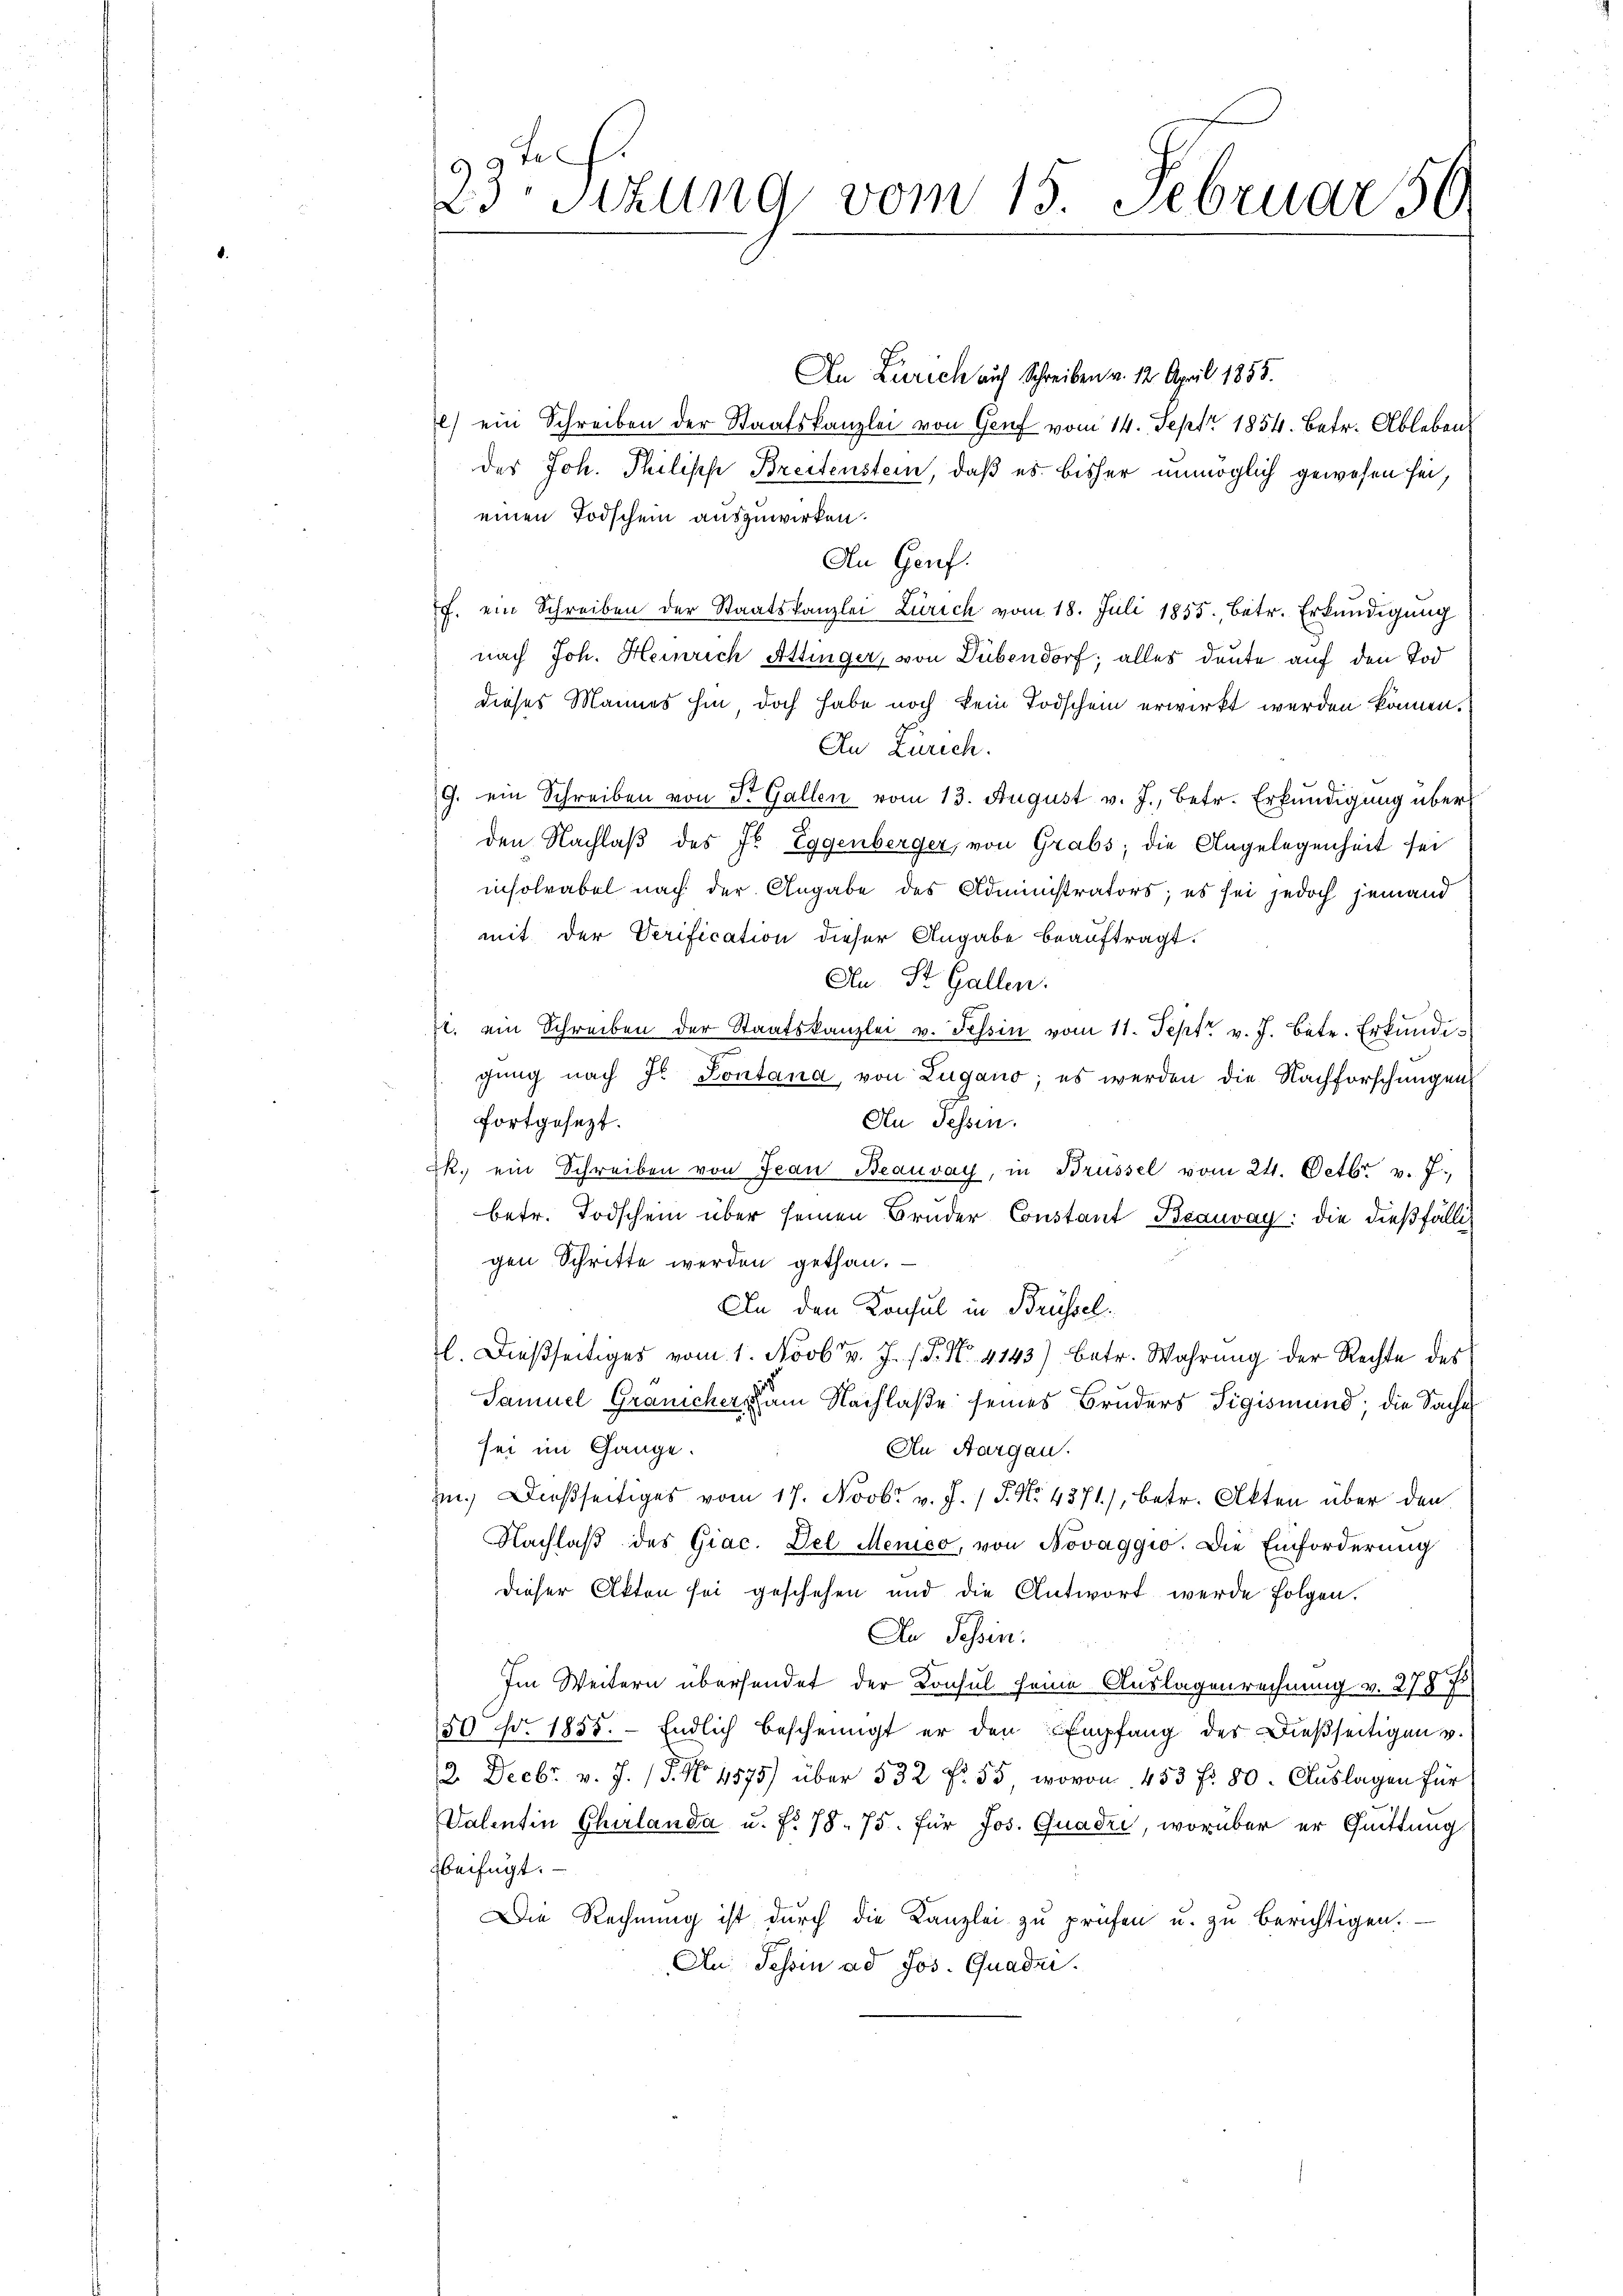
An Zürich auf Schreiben v. 12. April 1855.
l) ein Schreiben der Staatskanzlei von Genf vom 14. Sept 1854. Betr. Ableben
des Joh. Philisch Breitenstein, daß es bisher unmöglich gewesen sei,
einen Todschein auszuwirken.
An Genf.
f. ein Schreiben der Staatskanzlei Zürich vom 18. Juli 1855, betr. Erkundigung
nach Joh. Heinrich Attinger, von Dübendorf; alles deute auf den Tod
dieses Mannes hin doch habe noch kein Todschein erwirkt werden können.
An Zürich.
G. ein Schreiben von St. Gallen vom 13. August v. J., betr. Erkundigung über
den Nachlaβ des Fr. Eggenberger, von Grabs, die Angelegenheit sei
insolvabel nach der Angabe des Administrators; es sei jedoch jemand
mit der Verification dieser Angabe beauftragt.
An St. Gallen.
i. ein Schreiben der Staatskanzlei v. Tessin vom 11. Sept. v. J. betr. Erkundis
gung nach Hr. Pontana, von Lugano, es werden die Nachforschungen
fortgesezt.
Au Fessen.
Zk. ein Schreiben von Jean Beauvay, in Brüssel vom 24. Octbr. v. 7.
betr. Todschein über seinen Bruder Constant Beauvay: die dießfälligen Schritte werden gethan.
An den Konsul in Brüssel
l. Dießseitiges vom 1. Novbr v. J. P. Nr. 4143) betr. Wahrŭng der Rechte des
Samuel Gränicher am Nachlaße seines Bruders Sigismund die Sache
sei im Gange.
An Aargau.
im. Dießseitiges vom 17. Novbr. v. J. / 5. No. 4371), betr. Akten über den
Nachlaβ des Giac. Del Menico, von Novaggio. Die Einforderung
dieser Akten sei geschehen und die Antwort werde folgen.
An Tessin.
Im Weitern übersendet der Konsul seine Auslagenrechnung v. 278 f
50 Nr. 1855. - Endlich bescheinigt er den Empfang der dießseitigen v.
12. Decbr. v. J. (T. No. 1875) über 532 f. 55, wovon 453 f. 80. Auslagen für
Valentin Churlanda u. f. 78. 75. für Jos. Quadri, worüber er Quittung
beifügt:
Die Rechnŭng ist dŭrch die Kanzlei zŭ prüfen u. zŭ berichtigen.
An Tessin ad Jos. Quadri.

9.
23sizung vom 15. Februar 56